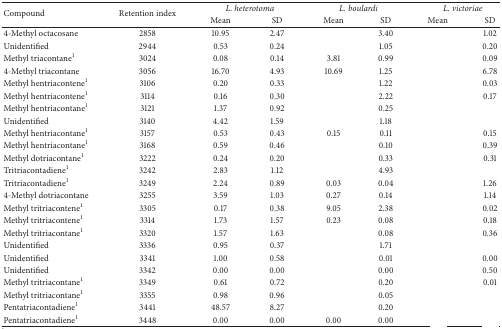
<table><thead><tr><td rowspan="2"><b>Compound</b></td><td rowspan="2"><b>Retention index</b></td><td colspan="2"><b><i>L. heterotoma</i></b></td><td colspan="2"><b><i>L. boulardi</i></b></td><td colspan="2"><b><i>L. victoriae</i></b></td></tr><tr><td><b>Mean</b></td><td><b>SD</b></td><td><b>Mean</b></td><td><b>SD</b></td><td><b>Mean</b></td><td><b>SD</b></td></tr></thead><tbody><tr><td>4-Methyl octacosane</td><td>2858</td><td>10.95</td><td>2.47</td><td>[EMPTY_CELL]</td><td>3.40</td><td>[EMPTY_CELL]</td><td>1.02</td></tr><tr><td>Unidentified</td><td>2944</td><td>0.53</td><td>0.24</td><td>[EMPTY_CELL]</td><td>1.05</td><td>[EMPTY_CELL]</td><td>0.20</td></tr><tr><td>Methyl triacontane<sup>1</sup></td><td>3024</td><td>0.08</td><td>0.14</td><td>3.81</td><td>0.99</td><td>[EMPTY_CELL]</td><td>0.09</td></tr><tr><td>4-Methyl triacontane</td><td>3056</td><td>16.70</td><td>4.93</td><td>10.69</td><td>1.25</td><td>[EMPTY_CELL]</td><td>6.78</td></tr><tr><td>Methyl hentriacontene<sup>1</sup></td><td>3106</td><td>0.20</td><td>0.33</td><td>[EMPTY_CELL]</td><td>1.22</td><td>[EMPTY_CELL]</td><td>0.03</td></tr><tr><td>Methyl hentriacontene<sup>1</sup></td><td>3114</td><td>0.16</td><td>0.30</td><td>[EMPTY_CELL]</td><td>2.22</td><td>[EMPTY_CELL]</td><td>0.17</td></tr><tr><td>Methyl hentriacontane<sup>1</sup></td><td>3121</td><td>1.37</td><td>0.92</td><td>[EMPTY_CELL]</td><td>0.25</td><td>[EMPTY_CELL]</td><td>[EMPTY_CELL]</td></tr><tr><td>Unidentified</td><td>3140</td><td>4.42</td><td>1.59</td><td>[EMPTY_CELL]</td><td>1.18</td><td>[EMPTY_CELL]</td><td>[EMPTY_CELL]</td></tr><tr><td>Methyl hentriacontane<sup>1</sup></td><td>3157</td><td>0.53</td><td>0.43</td><td>0.15</td><td>0.11</td><td>[EMPTY_CELL]</td><td>0.15</td></tr><tr><td>Methyl hentriacontane<sup>1</sup></td><td>3168</td><td>0.59</td><td>0.46</td><td>[EMPTY_CELL]</td><td>0.10</td><td>[EMPTY_CELL]</td><td>0.39</td></tr><tr><td>Methyl dotriacontane<sup>1</sup></td><td>3222</td><td>0.24</td><td>0.20</td><td>[EMPTY_CELL]</td><td>0.33</td><td>[EMPTY_CELL]</td><td>0.31</td></tr><tr><td>Tritriacontadiene<sup>1</sup></td><td>3242</td><td>2.83</td><td>1.12</td><td>[EMPTY_CELL]</td><td>4.93</td><td>[EMPTY_CELL]</td><td>[EMPTY_CELL]</td></tr><tr><td>Tritriacontadiene<sup>1</sup></td><td>3249</td><td>2.24</td><td>0.89</td><td>0.03</td><td>0.04</td><td>[EMPTY_CELL]</td><td>1.26</td></tr><tr><td>4-Methyl dotriacontane</td><td>3255</td><td>3.59</td><td>1.03</td><td>0.27</td><td>0.14</td><td>[EMPTY_CELL]</td><td>1.14</td></tr><tr><td>Methyl tritriacontene<sup>1</sup></td><td>3305</td><td>0.17</td><td>0.38</td><td>9.05</td><td>2.38</td><td>[EMPTY_CELL]</td><td>0.02</td></tr><tr><td>Methyl tritriacontene<sup>1</sup></td><td>3314</td><td>1.73</td><td>1.57</td><td>0.23</td><td>0.08</td><td>[EMPTY_CELL]</td><td>0.18</td></tr><tr><td>Methyl tritriacontane<sup>1</sup></td><td>3320</td><td>1.57</td><td>1.63</td><td>[EMPTY_CELL]</td><td>0.08</td><td>[EMPTY_CELL]</td><td>0.36</td></tr><tr><td>Unidentified</td><td>3336</td><td>0.95</td><td>0.37</td><td>[EMPTY_CELL]</td><td>1.71</td><td>[EMPTY_CELL]</td><td>[EMPTY_CELL]</td></tr><tr><td>Unidentified</td><td>3341</td><td>1.00</td><td>0.58</td><td>[EMPTY_CELL]</td><td>0.01</td><td>[EMPTY_CELL]</td><td>0.00</td></tr><tr><td>Unidentified</td><td>3342</td><td>0.00</td><td>0.00</td><td>[EMPTY_CELL]</td><td>0.00</td><td>[EMPTY_CELL]</td><td>0.50</td></tr><tr><td>Methyl tritriacontane<sup>1</sup></td><td>3349</td><td>0.61</td><td>0.72</td><td>[EMPTY_CELL]</td><td>0.20</td><td>[EMPTY_CELL]</td><td>0.01</td></tr><tr><td>Methyl tritriacontane<sup>1</sup></td><td>3355</td><td>0.98</td><td>0.96</td><td>[EMPTY_CELL]</td><td>0.05</td><td>[EMPTY_CELL]</td><td>[EMPTY_CELL]</td></tr><tr><td>Pentatriacontadiene<sup>1</sup></td><td>3441</td><td>48.57</td><td>8.27</td><td>[EMPTY_CELL]</td><td>0.20</td><td>[EMPTY_CELL]</td><td>[EMPTY_CELL]</td></tr><tr><td>Pentatriacontadiene<sup>1</sup></td><td>3448</td><td>0.00</td><td>0.00</td><td>0.00</td><td>0.00</td><td>[EMPTY_CELL]</td><td>[EMPTY_CELL]</td></tr></tbody></table>